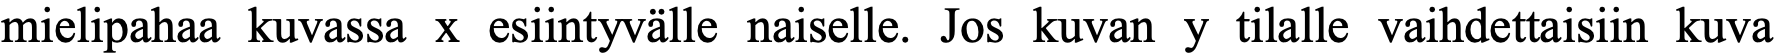
mielipahaa kuvassa x esiintyvälle naiselle. Jos kuvan y tilalle vaihdettaisiin kuva